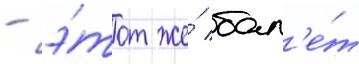
- э́тот же́ бал'е́т